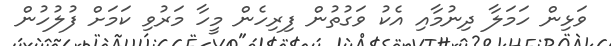
ވަޅިން ހަމަލާ ދިނުމާއި އެކު ވަގުތުން ފިރިހެން މީހާ މަރުވި ކަމަށް ފުލުހުން